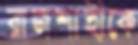
রাজশাহীকে